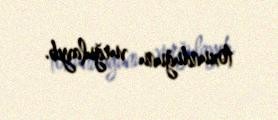
toxunduğunu vurğulayıb.